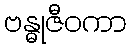
ဗန္ဓုဇီဝကာ